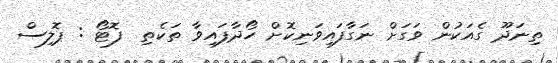
ތިނަދޫ ގެއަކުން ވަގަށް ނަގާފައިވަނިކޮށް ހޯދާފައިވާ ތަކެތި  ފޮޓޯ : ޕޮލިސް